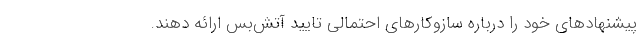
پیشنهادهای خود را درباره سازوکارهای احتمالی تایید آتش‌بس ارائه دهند.